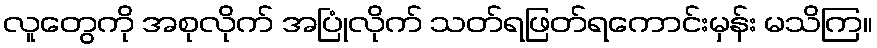
လူတွေကို အစုလိုက် အပြုံလိုက် သတ်ရဖြတ်ရကောင်းမှန်း မသိကြ။